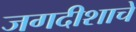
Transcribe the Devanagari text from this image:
जगदीशाचे